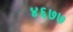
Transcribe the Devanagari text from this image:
४६७७